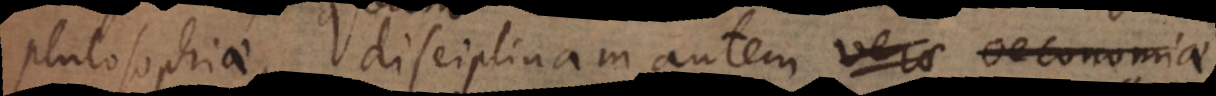
philosophiae, disciplinam autem verae oeconomiae